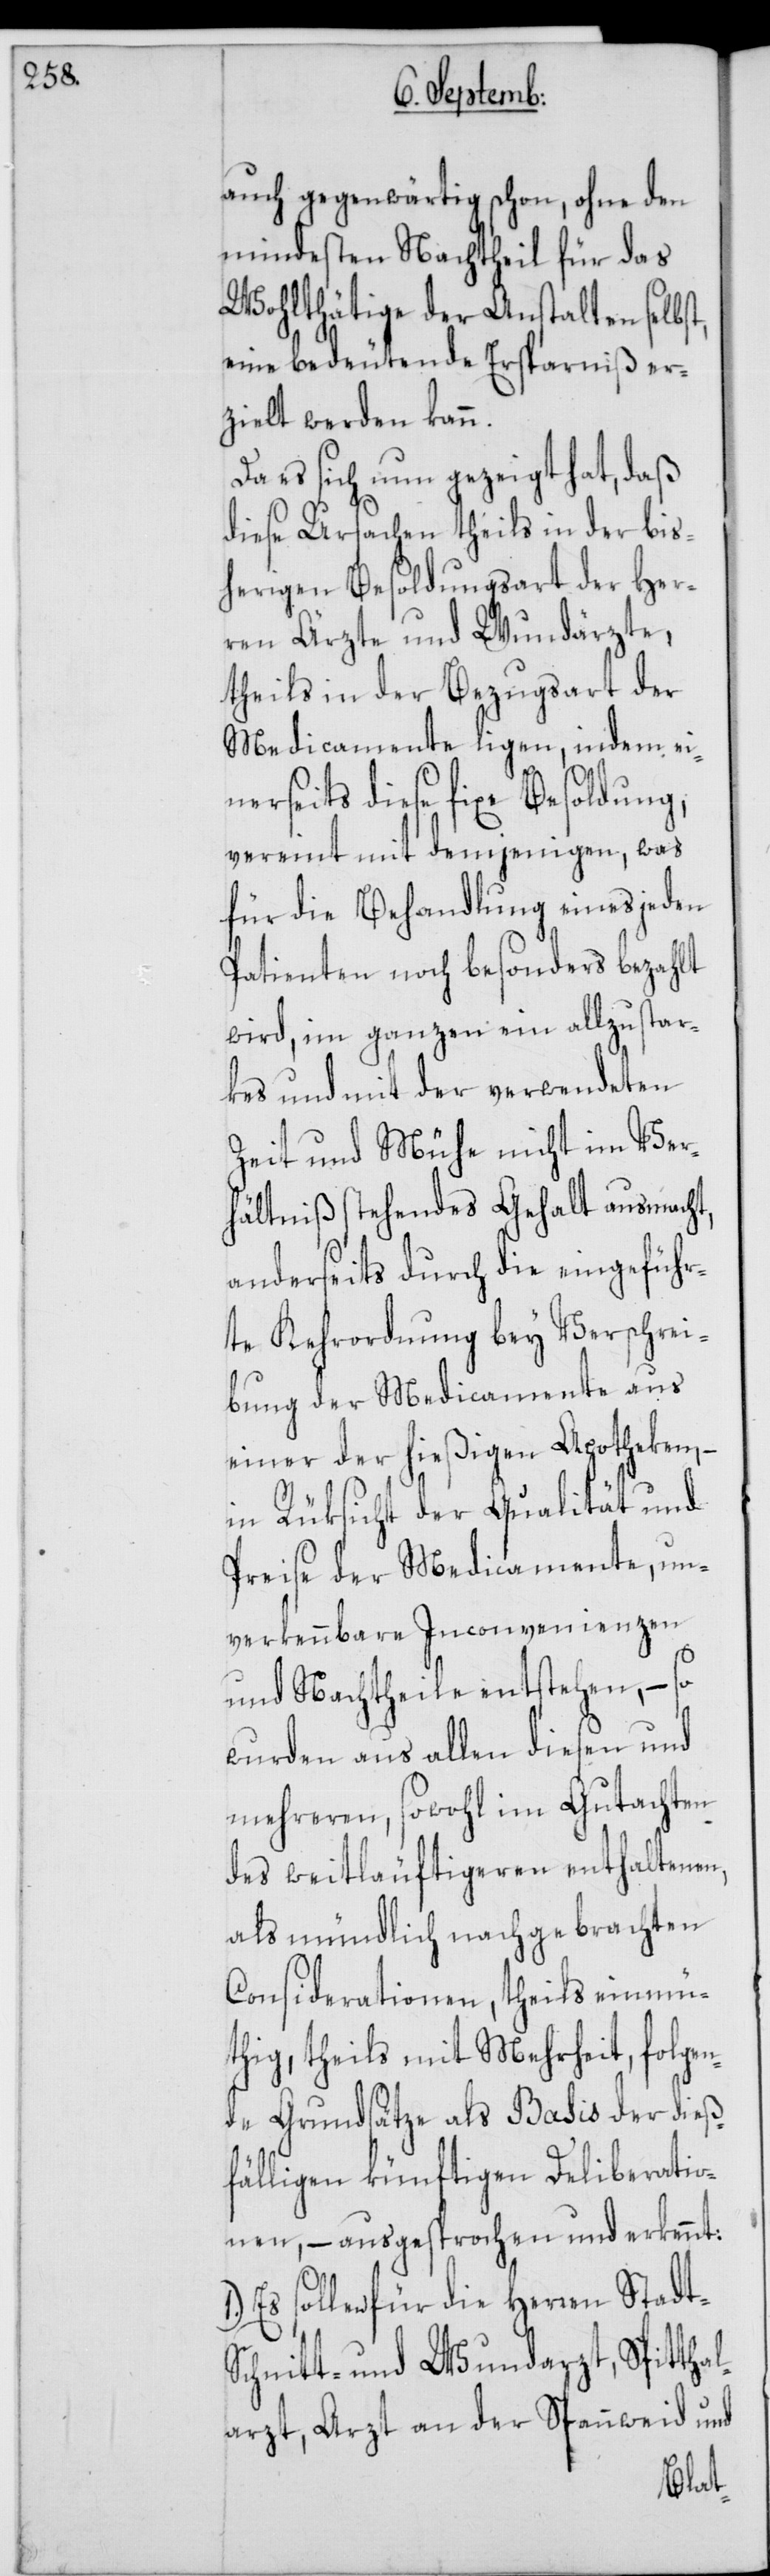
auch gegenwärtig schon, ohne den
mindesten Nachtheil für das
Wohlthätige der Anstalten selbst,
eine bedeutende Ersparniß er¬
zielt werden kann.
Da es sich nun gezeigt hat, daß
diese Ursachen theils in der bis¬
herigen Besoldungsart der Her¬
ren Ärzte und Wundärzte,
theils in der Bezugsart der
Medicamente ligen, indem ei¬
nerseits diese fixe Besoldung,
vereint mit demjenigen, was
für die Behandlung eines jeden
Patienten noch besonders bezahlt
wird, im ganzen ein allzu star¬
kes und mit der verwendeten
Zeit und Mühe nicht im Ver¬
hältniß stehendes Gehalt ausmacht,
anderseits durch die eingeführ¬
te Kehrordnung bey Verschrei¬
bung der Medicamente aus
einer der hießigen Apotheken,
in Rüksicht der Qualität und
Preise der Medicamente, un¬
verkennbare Inconvenienzen
und Nachtheile entstehen, – so
wurden aus allen diesen und
mehreren, sowohl im Gutachten
des weitläuftigeren enthaltenen,
als mündlich nachgebrachten
Considerationen, theils einmü¬
thig, theils mit Mehrheit, folgen¬
de Grundsätze als Basis der dieß¬
fälligen künftigen Deliberatio¬
nen, – ausgesprochen und erkennt:
1.) Es sollen für die Herren Stad¬
Schnitt- und Wundarzt, Spitthal¬
arzt, Arzt an der Spanweid und
t-[,]